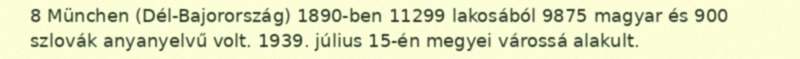
8 München (Dél-Bajorország) 1890-ben 11299 lakosából 9875 magyar és 900 szlovák anyanyelvű volt. 1939. július 15-én megyei várossá alakult.